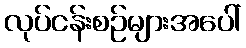
လုပ်ငန်းစဉ်များအပေါ်